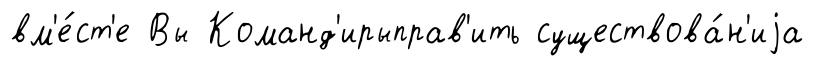
вм'е́ст'е Вы Команд'ирыправ'ить существова́н'иjа